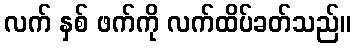
လက် နှစ် ဖက်ကို လက်ထိပ်ခတ်သည်။